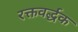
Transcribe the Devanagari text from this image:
रक्तवर्द्धक